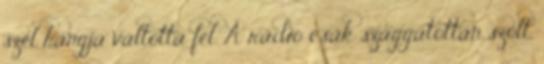
szél hangja váltotta fel. A rádió csak szaggatottan szólt,